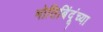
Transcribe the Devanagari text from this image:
मोतिबिंदूंच्या